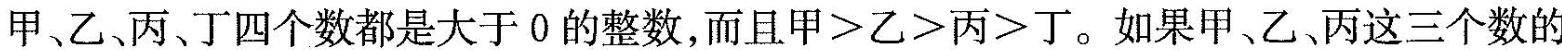
甲乙丙丁四个数都是大于0的整数，而且甲>乙>丙>丁。如果甲、乙丙这三个数的